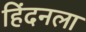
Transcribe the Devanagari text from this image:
हिंदनला